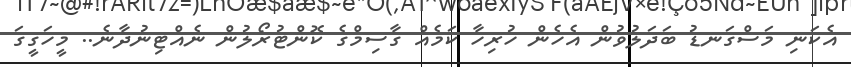
އެކަނި މަސްގަނޑު ބަދަލުވުން އެހެން ހުރިހާ ކަމެއް ގާސިމްގެ ކޮންޓުރޯލުން ނެއްޓިނުދާނެ.. މީހަގީގަ